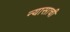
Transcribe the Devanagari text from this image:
न्यासाची